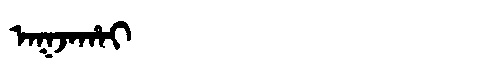
Manchu: ᠠᡴᠵᠠᡥᠠᡳ
Romanization: AKJAHAI